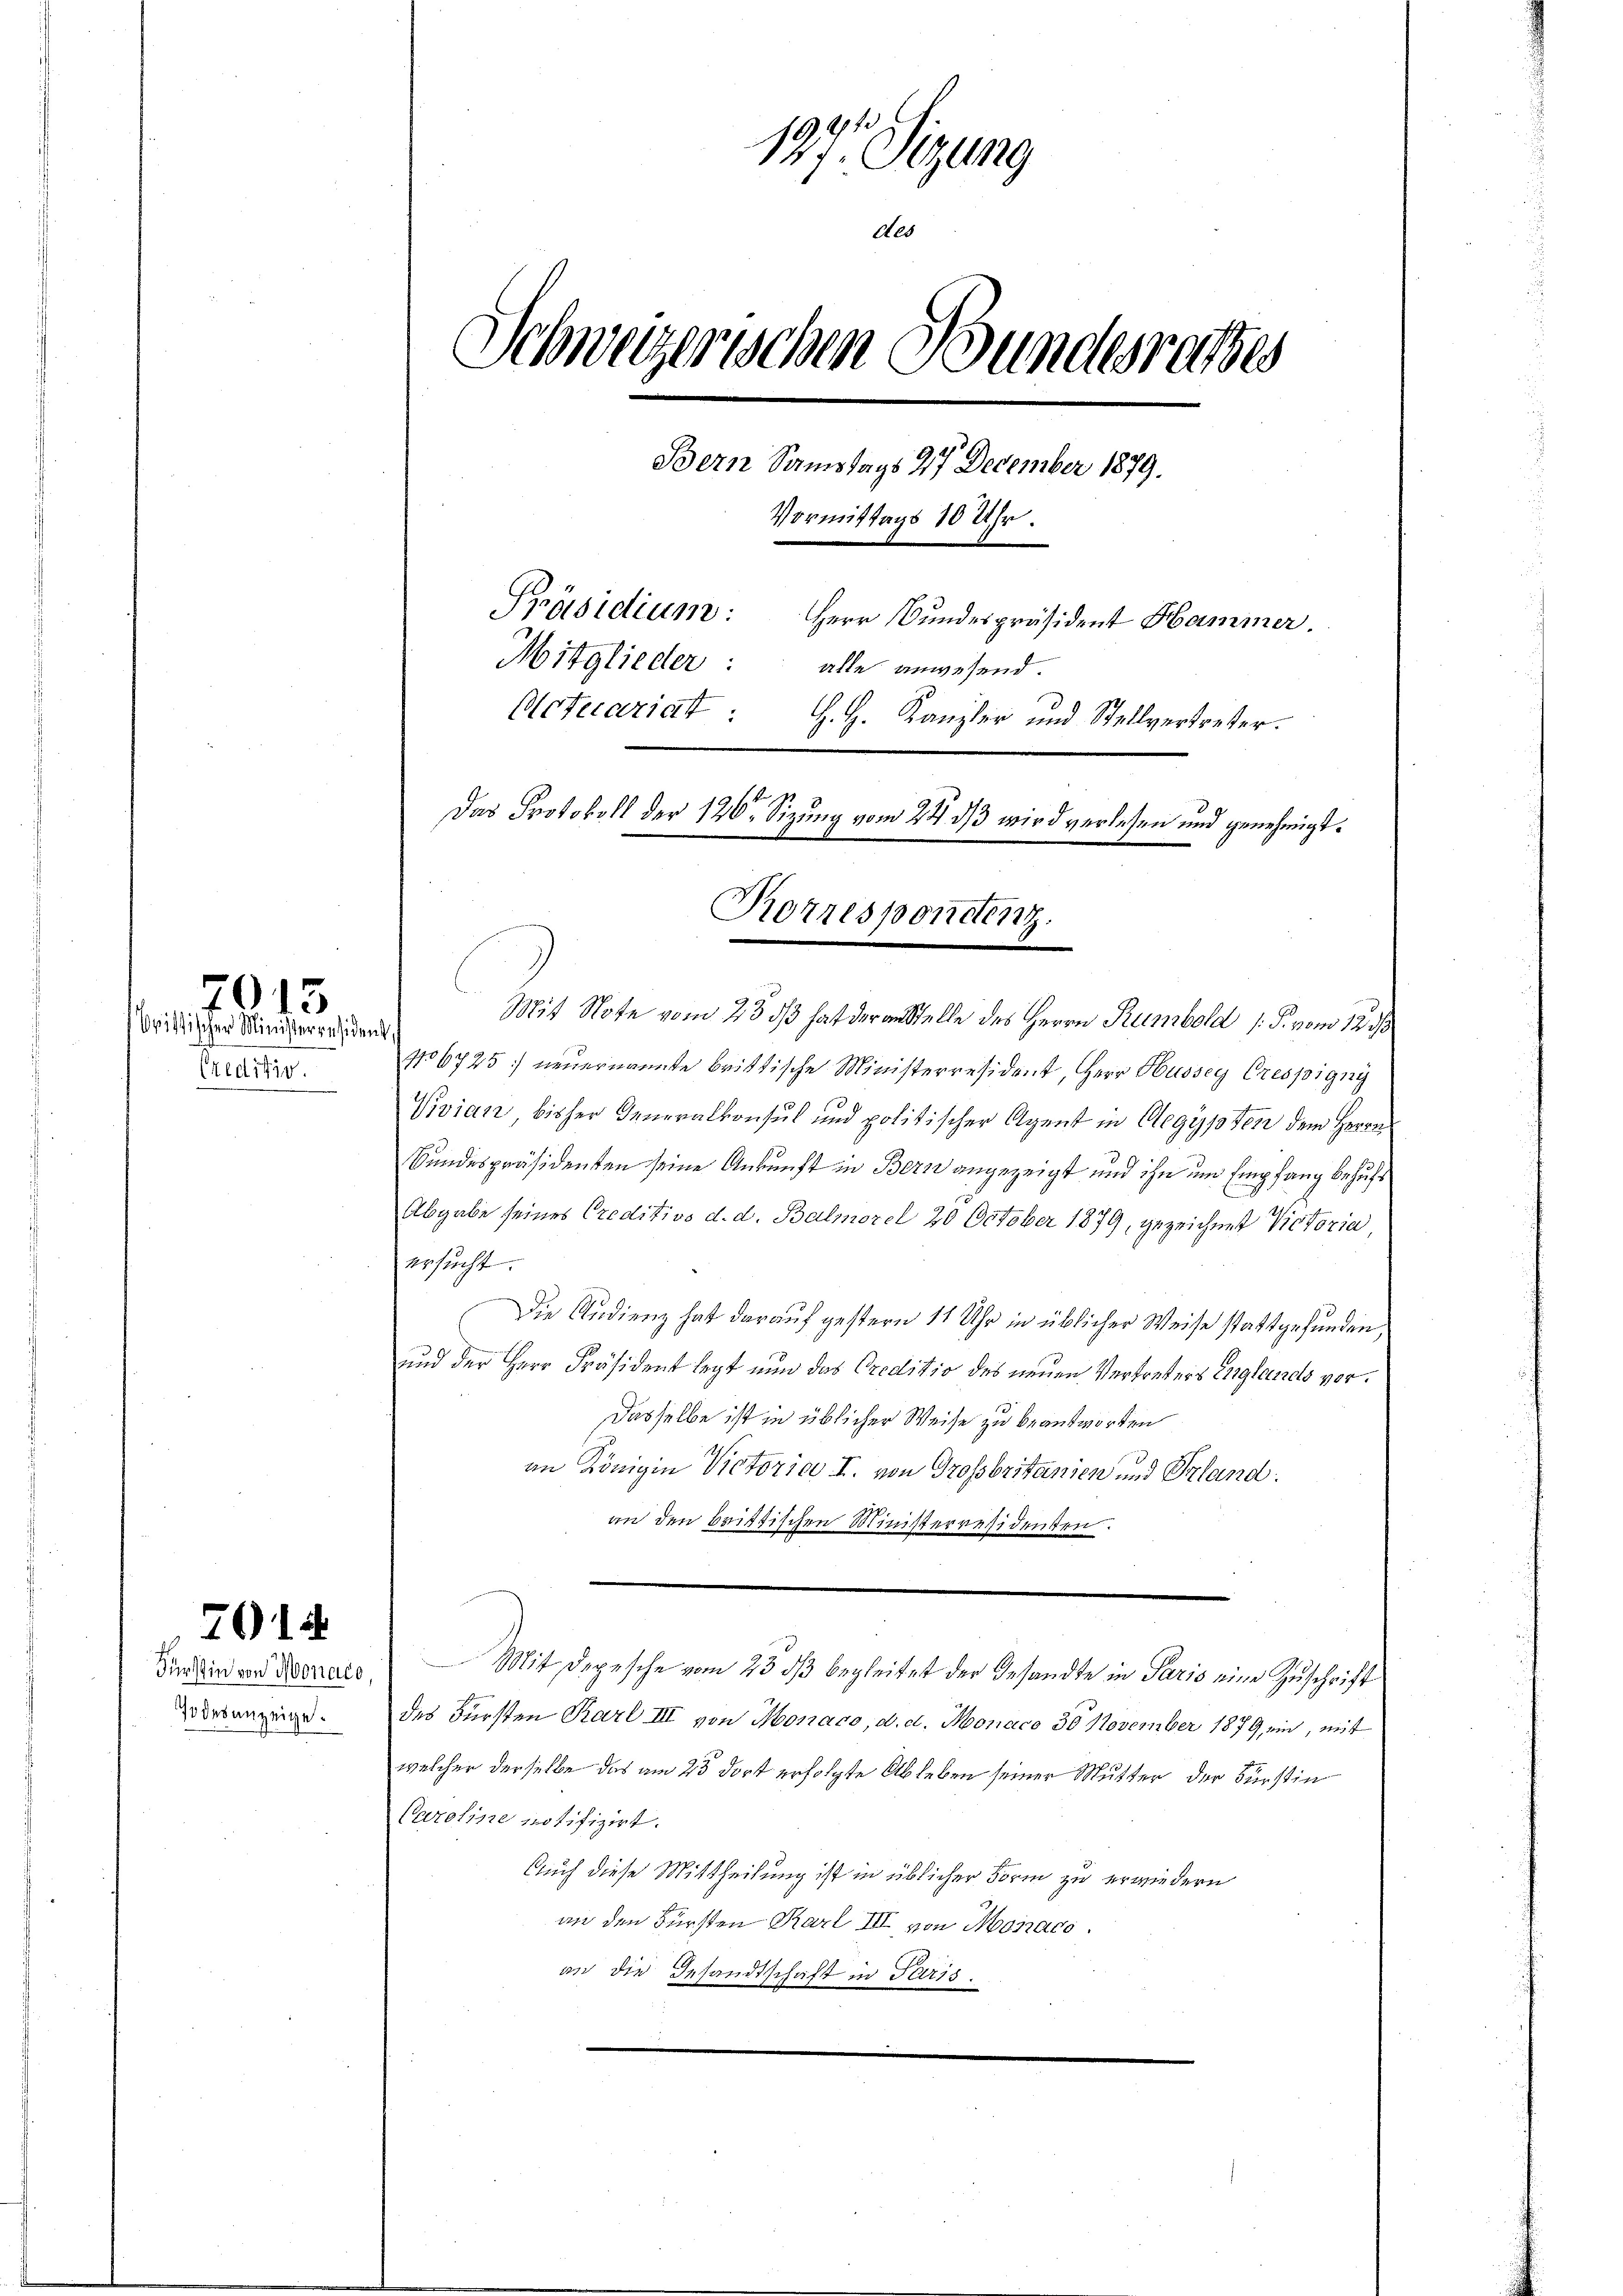
Creditiv.

7015
Oristischer Ministerresident

7014

70 des anzeige.

197. Sizung
des
Schweizerischen Bundesrathes
Bern Samstags 27 December 1879.
Vormittags 10 Uhr.
Präsidium: Herr Bundespräsident Hammer.
Mitglieder:
alle anwesend.
Acticariat : H. H. Kanzler und Stellvertreter.
Das Protokoll der 120. Sizung vom 24. ds wird verlesen und genehmigt.

Korrespondenz.
Mit Note vom 23. ds hat der anstelle des Herrn Rumbold /: P. vom 12 1/

No6725: neŭernannte brittische Ministerresident, Herr Husseg Crespigny
Vivian, bisher Generalkonsul und politischer Agent in Aegypten dem Herrn
Bundespräsidenten seine Ankunft in Berne angezeigt und ihn um Empfang behufs
Abgabe seines Creditivs d. d. Balmorel 20 October 1879, gezeichnet Victoria,
ersucht.
Die Audienz hat darauf gestern 11 Uhr in üblicher Weise stattgefunden,
und der Herr Präsident legt nun das Creditio des neuen Vertreters Englands vor¬
Dasselbe ist in üblicher Weise zu beantworten
an Königin Victoria I. von Grossbritanien und Erland:
an den brittischen Ministerresidenten.
Sindlin von Berats Mit Depesche vom 23. ds begleitet der Gesandte in Paris eine Zuschrift
des Fürsten Karl III von Monaco, d. d. Monaco 30 November 1879, ein, mit
welcher derselbe das am 25 dort erfolgte Ableben seiner Mutter der Fürstin
Caroline notifizirt.
Auch diese Mittheilung ist in üblicher Form zu erwiedern
an den Fürsten Karl III von Monaco
an die Gesandtschaft in Paris.